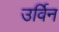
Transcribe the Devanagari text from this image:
उर्विन